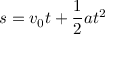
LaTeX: s = v _ { 0 } t + { \frac { 1 } { 2 } } a t ^ { 2 }